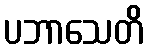
ပဘာသေတိ